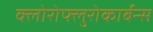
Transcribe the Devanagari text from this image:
क्लोरोफ्लुरोकार्बन्स